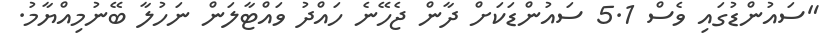
"ސައުންޑުގައި ވެސް 5.1 ސައުންޑަކަށް ދާން ޖެހޭނެ ހައްދު ވައްޓާލަން ނަހުލާ ބޭނުމިއްޔާމު.